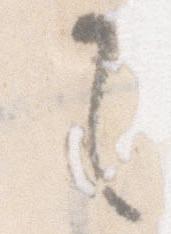
て